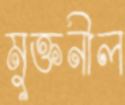
মুক্তনীল